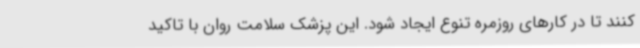
کنند تا در کارهای روزمره تنوع ایجاد شود. این پزشک سلامت روان با تاکید